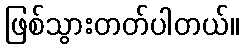
ဖြစ်သွားတတ်ပါတယ်။